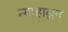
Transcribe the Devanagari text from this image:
न्याहाळून